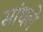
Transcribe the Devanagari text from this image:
सांधले